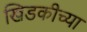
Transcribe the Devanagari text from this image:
खिडकीच्या